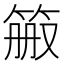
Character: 𬕉